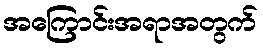
အကြောင်းအရာအတွက်